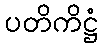
ပတိကိဋ္ဌံ